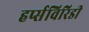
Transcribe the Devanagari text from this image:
हर्प्सविरिडी